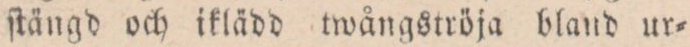
ſtängd och iklädd twångströja bland ur=